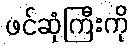
ဖင်ဆုံကြီးကို